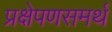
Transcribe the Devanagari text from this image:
प्रक्षेपणसमर्थ